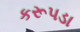
કરૂપડા